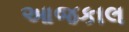
આજકાલ